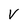
Character: V